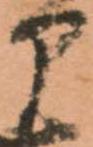
部